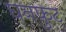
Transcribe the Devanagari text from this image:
घनफ़ुट